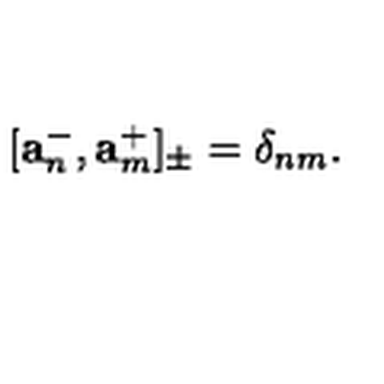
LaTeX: [ \mathbf { a } _ { n } ^ { - } , \mathbf { a } _ { m } ^ { + } ] _ { \pm } = \delta _ { n m } .